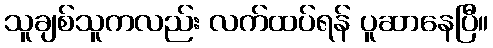
သူချစ်သူကလည်း လက်ထပ်ရန် ပူဆာနေပြီ။